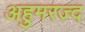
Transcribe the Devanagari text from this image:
अहुमरज्द